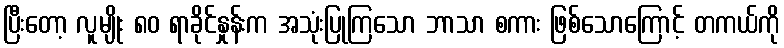
ပြီးတော့ လူမျိုး ၈၀ ရာခိုင်နှုန်းက အသုံးပြုကြသော ဘာသာ စကား ဖြစ်သောကြောင့် တကယ်ကို